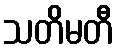
သတိမတီ